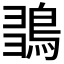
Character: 𪀫